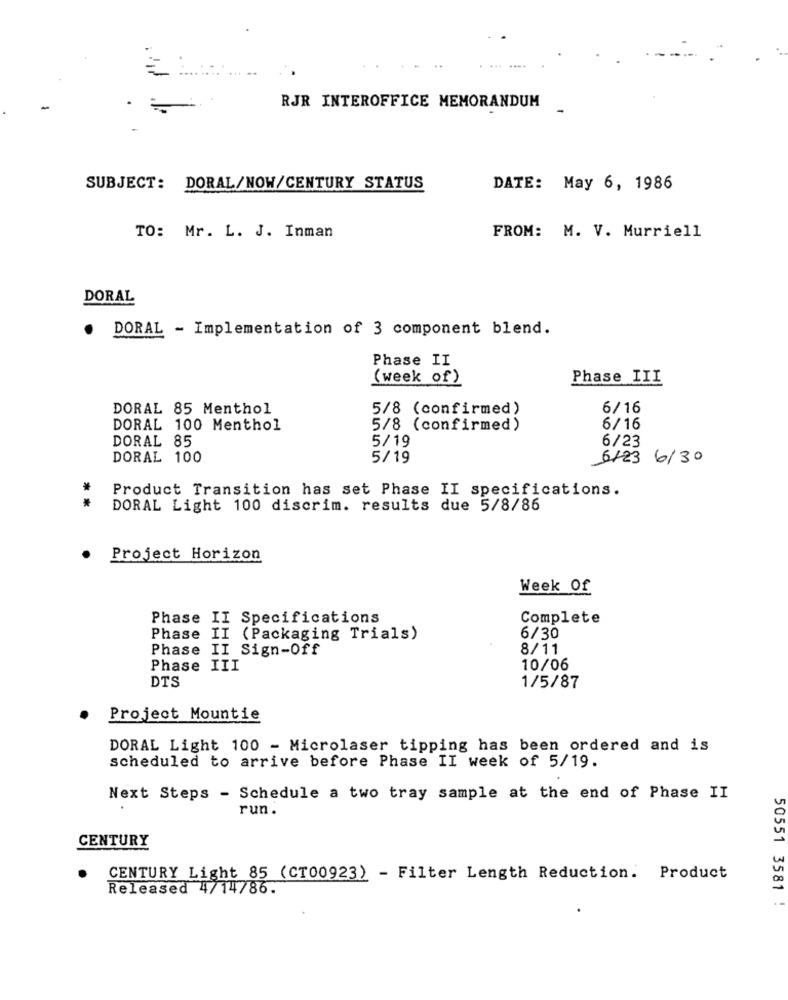
RJR INTEROFFICE MEMORANDUM
SUBJECT: DORAL/NOW/CENTURY STATUS
DATE: May 6, 1986
TO: Mr. L. J. Inman
FROM: M. V. Murriell
DORAL
DORAL - Implementation of 3 component blend.
Phase II
(week of )
Phase III
DORAL 85 Menthol
5/8 (confirmed)
6/16
DORAL 100 Menthol
5/8 (confirmed)
6/16
DORAL 85
5/19
6/23
DORAL 100
5/19
6123 6/30
Product Transition has set Phase II specifications.
* *
DORAL Light 100 discrim. results due 5/8/86
Project Horizon
Week Of
Phase II Specifications
Complete
Phase II (Packaging Trials)
6/30
Phase II Sign-Off
8/11
Phase III
10/06
DTS
1/5/87
Project Mountie
DORAL Light 100 - Microlaser tipping has been ordered and is
scheduled to arrive before Phase II week of 5/19.
Next Steps - Schedule a two tray sample at the end of Phase II
run .
CENTURY
CENTURY Light 85 (CT00923) - Filter Length Reduction. Product
Released 4/14786.
50551 3581 !